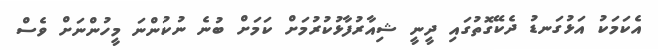
އެކަމަކު އަޅުގަނޑު ދެކޭގޮތުގައި ދީނީ ޝިއާރުފާޅުކުރުމަށް ކަމަށް ބުނެ ނުކުންނަ މީހުންނަށް ވެސް